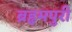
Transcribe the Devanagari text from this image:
ब्रहृमपुरी